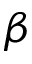
\beta